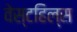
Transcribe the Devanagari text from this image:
वेस्टहिल्स